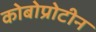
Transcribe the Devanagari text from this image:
कोबोप्रोटीन